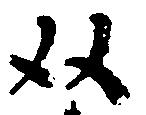
双